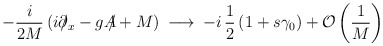
\begin{align*}- \frac{i}{2M} \left ( i \partial \hspace{-6pt}/_x - g {A \hspace{-6pt}/} + M \right ) \> \longrightarrow \> - i \, \frac{1}{2} \left ( 1 + s \gamma_0 \right )+ {\cal O} \left ( \frac{1}{M} \right )\end{align*}